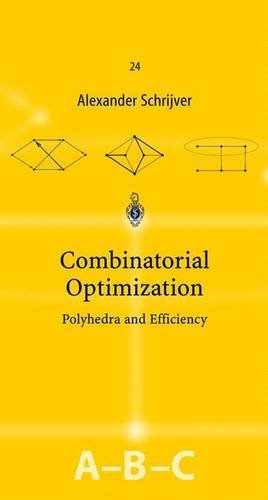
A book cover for Combinatorial Optimization (3 volume, A,B, & C); Alexander Schrijver; Computers & Technology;